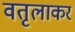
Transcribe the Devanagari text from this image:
वतृलाकर